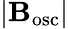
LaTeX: \lvert\mathbf{B}_{\mathrm{{osc}}}\rvert